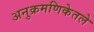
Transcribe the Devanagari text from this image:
अनुक्रमणिकेतले